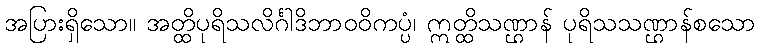
အပြားရှိသော။ အတ္ထိပုရိသလိင်္ဂါဒိဘာဝဝိကပ္ပံ၊ ဣတ္ထိသဏ္ဌာန် ပုရိသသဏ္ဌာန်စသော